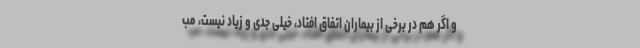
و اگر هم در برخی از بیماران اتفاق افتاد، خیلی جدی و زیاد نیست، مب